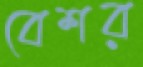
বেশর